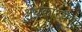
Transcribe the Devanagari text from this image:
अंधकारयम